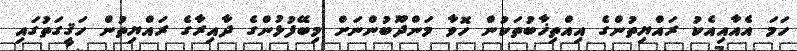
ހަމަ އެއާއިއެކު ރައްޔިތުންގެ އިއްތިޚާބުތަކުން ހޮވާ މަންދޫބުންނަށް މިބޭފުޅުންގެ ދާއިރާގެ ރައްޔިތުން ހަޤީގަތުގައި